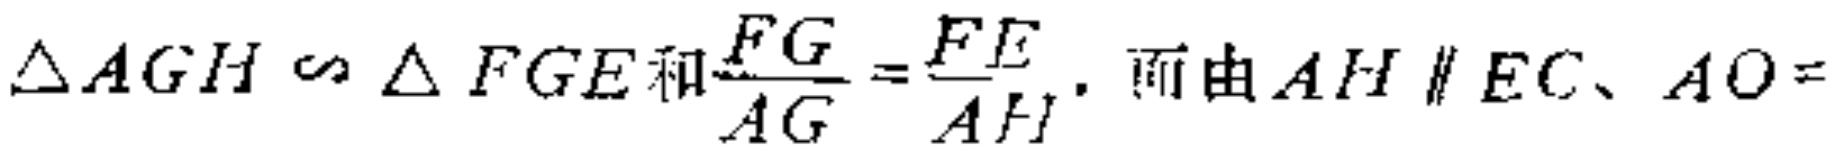
$\triangle AGH\sim\triangle FGE和\frac{FG}{AG}=\frac{FE}{AH}，而由AH\parallel EC、AO=$